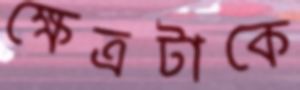
ক্ষেত্রটাকে